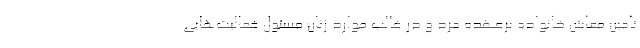
تامین معاش خانواده برعهده مرد و در غالب موارد زنان مسئول فعالیت‌هایی